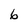
Character: 6